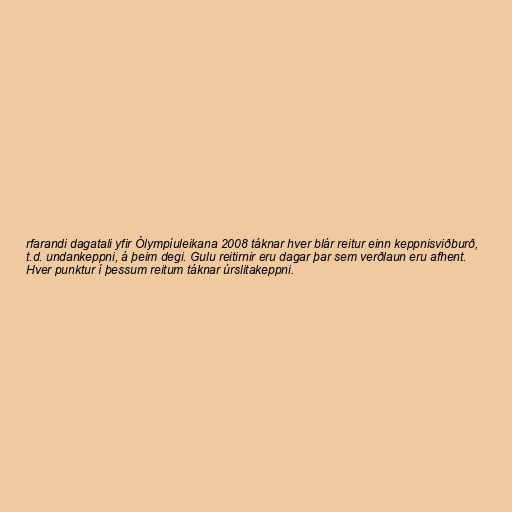
rfarandi dagatali yfir Ólympíuleikana 2008 táknar hver blár reitur einn keppnisviðburð,
t.d. undankeppni, á þeim degi. Gulu reitirnir eru dagar þar sem verðlaun eru afhent.
Hver punktur í þessum reitum táknar úrslitakeppni.